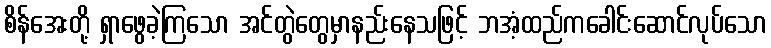
စိန်အေးတို့ ရှာဖွေခဲ့ကြသော အင်တွဲတွေမှာနည်းနေသဖြင့် ဘအံ့ထည်ကခေါင်းဆောင်လုပ်သော